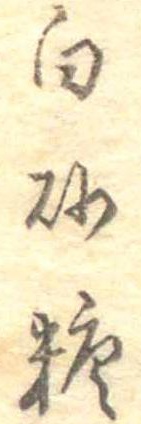
白砂糖